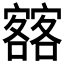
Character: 𡫥